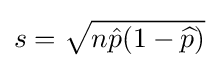
s={\sqrt {n{\hat {p}}(1-{\widehat {p}})}}